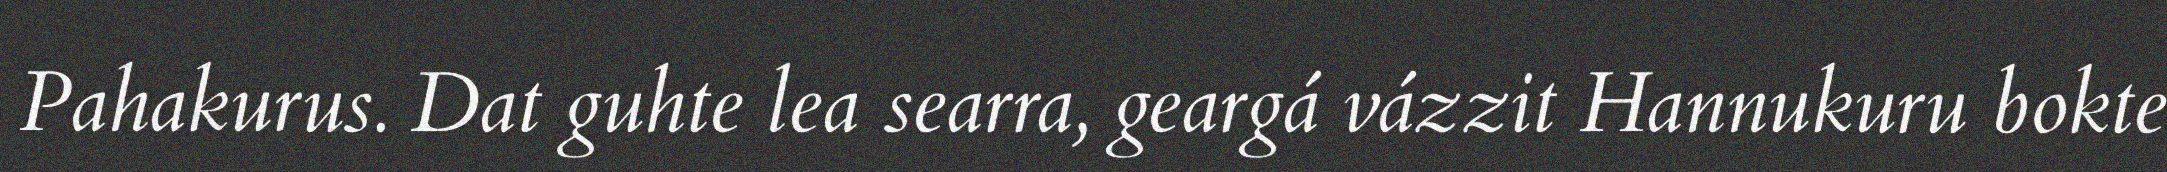
Pahakurus. Dat guhte lea searra, geargá vázzit Hannukuru bokte